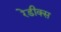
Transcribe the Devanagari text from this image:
रेडीक्स